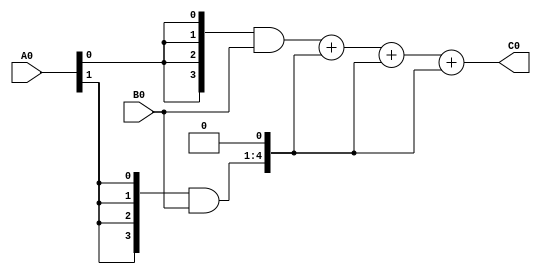
module Binary_Multiplier(A0,B0,C0);
input [3:0] A0 , B0; 
output [7:0] C0; 
wire [3:0] m0 ;
wire [4:0] m1; 
wire [5:0] m2; 
wire [6:0] m3; 

//middle terms 
wire [7:0] s1,s2,s3; 

assign m0= {4{A0[0]}}&{B0[3:0]}; 
assign m1= {4{A0[1]}}&{B0[3:0]}; 
assign m2= {4{A0[1]}}&{B0[3:0]}; 
assign m3= {4{A0[1]}}&{B0[3:0]}; 

assign s1= m0+(m1<<1 );
assign s2= s1+(m2<<1 ); 
assign s3= s2+(m3<<1 ); 

assign C0 = s3 ; 

endmodule